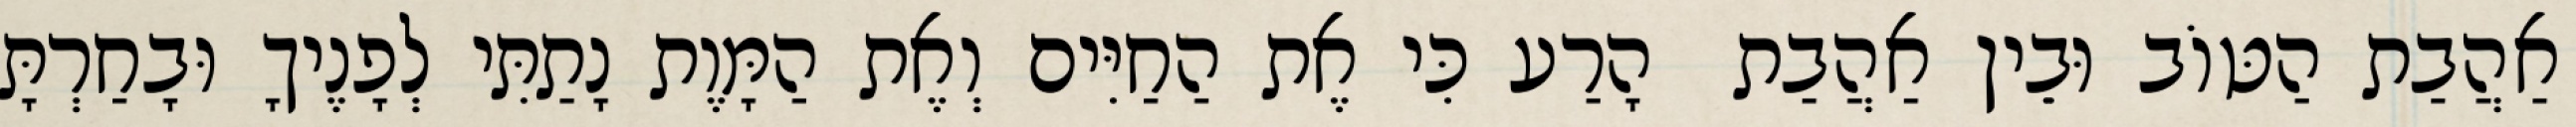
אַהֲבַת הַטּוֹב וּבֵין אַהֲבַת  הָרַע כִּי אֶת הַחַיִּים וְאֶת הַמָּוֶת נָתַתִּי לְפָנֶיךָ וּבָחַרְתָּ